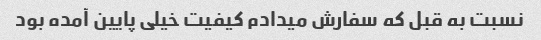
نسبت به قبل که سفارش میدادم کیفیت خیلی پایین آمده بود